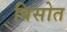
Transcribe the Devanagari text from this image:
विसोत